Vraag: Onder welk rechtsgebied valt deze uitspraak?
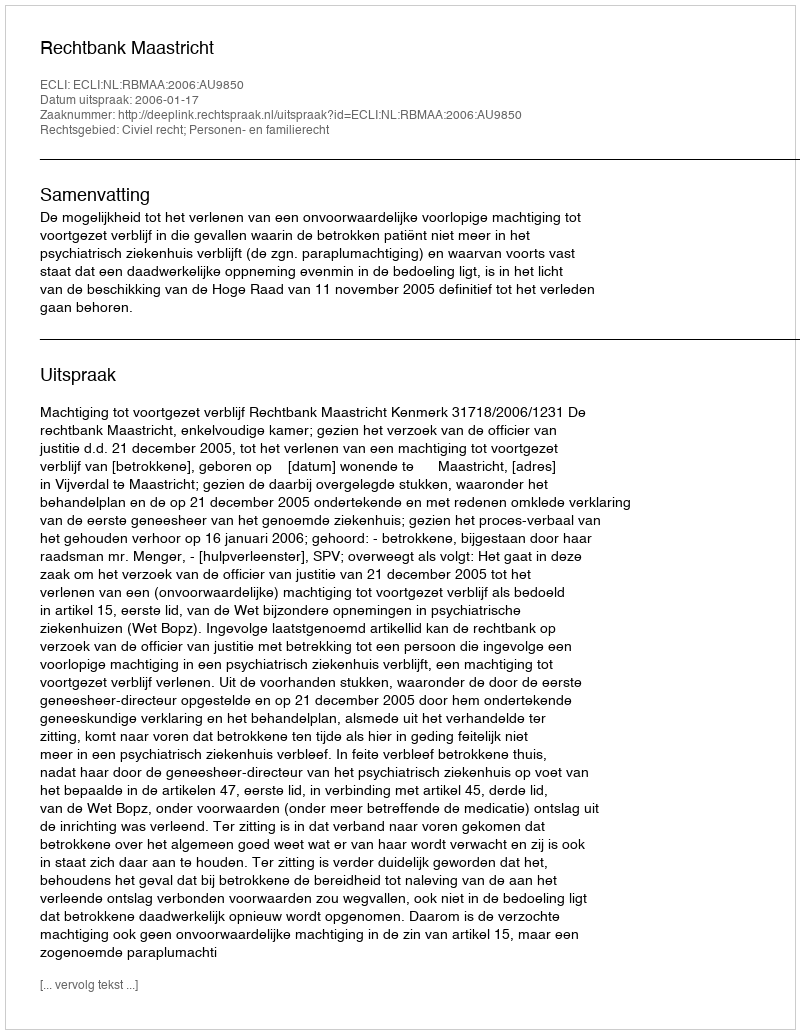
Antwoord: Civiel recht; Personen- en familierecht